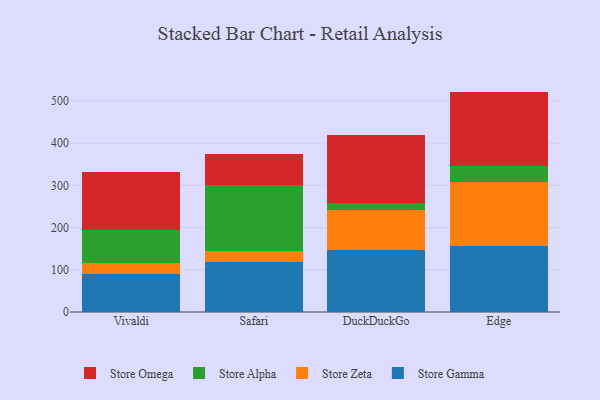
{"axis": {"x": "Browser", "y": "Headcount"}, "legend": ["Store Alpha", "Store Gamma", "Store Omega", "Store Zeta"], "data": [{"x": "Vivaldi", "y": 89.1, "type": "Store Gamma"}, {"x": "Vivaldi", "y": 27.2, "type": "Store Zeta"}, {"x": "Vivaldi", "y": 77.4, "type": "Store Alpha"}, {"x": "Vivaldi", "y": 136.9, "type": "Store Omega"}, {"x": "Safari", "y": 117.9, "type": "Store Gamma"}, {"x": "Safari", "y": 26.0, "type": "Store Zeta"}, {"x": "Safari", "y": 156.8, "type": "Store Alpha"}, {"x": "Safari", "y": 72.4, "type": "Store Omega"}, {"x": "DuckDuckGo", "y": 147.4, "type": "Store Gamma"}, {"x": "DuckDuckGo", "y": 94.3, "type": "Store Zeta"}, {"x": "DuckDuckGo", "y": 16.0, "type": "Store Alpha"}, {"x": "DuckDuckGo", "y": 161.5, "type": "Store Omega"}, {"x": "Edge", "y": 155.5, "type": "Store Gamma"}, {"x": "Edge", "y": 151.8, "type": "Store Zeta"}, {"x": "Edge", "y": 37.4, "type": "Store Alpha"}, {"x": "Edge", "y": 177.3, "type": "Store Omega"}]}